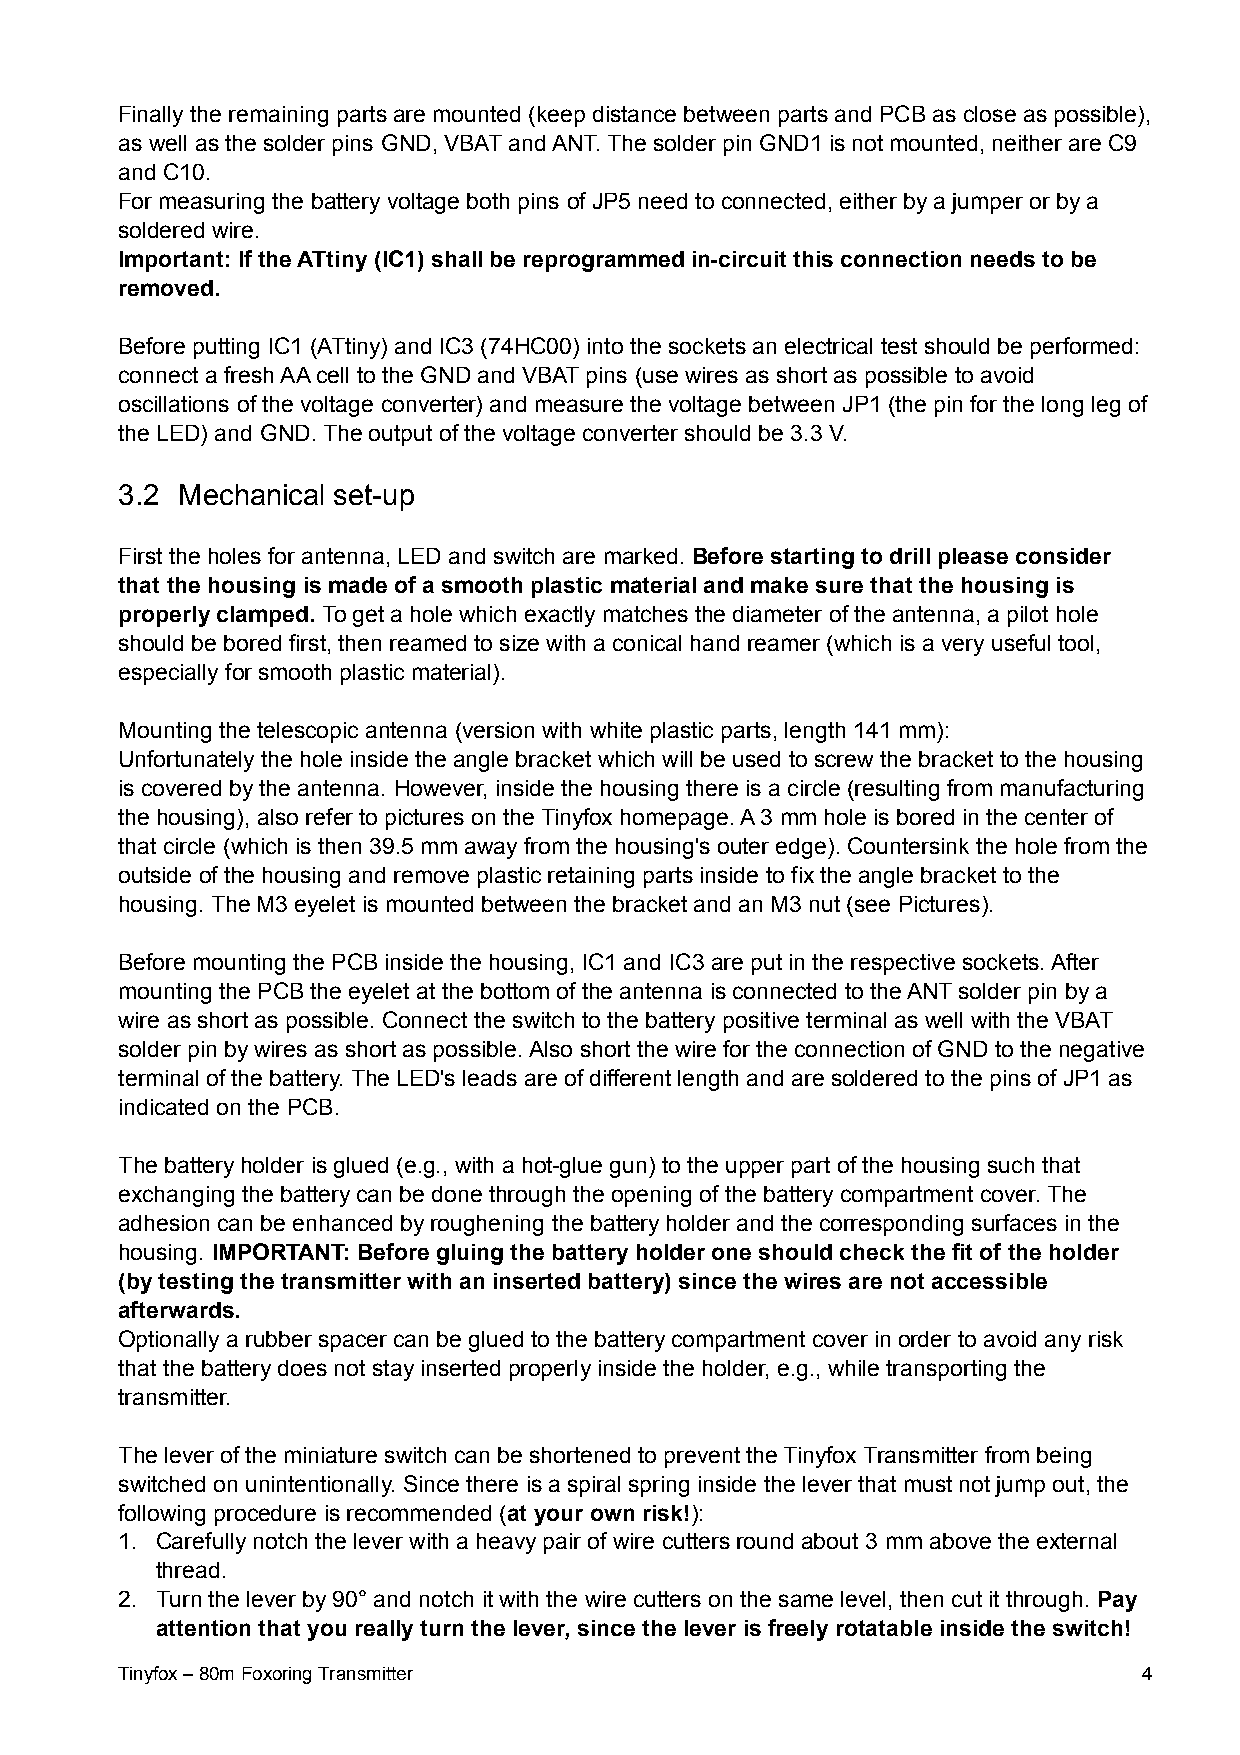
Finally the remaining parts are mounted (keep distance between parts and PCB as close as possible),
 as well as the solder pins GND, VBAT and ANT. The solder pin GND1 is not mounted, neither are C9
 and C10.
 For measuring the battery voltage both pins of JP5 need to connected, either by a jumper or by a
 soldered wire.
 Important: If the ATtiny (IC1) shall be reprogrammed in-circuit this connection needs to be
 removed.
 Before putting IC1 (ATtiny) and IC3 (74HC00) into the sockets an electrical test should be performed:
 connect a fresh AA cell to the GND and VBAT pins (use wires as short as possible to avoid
 oscillations of the voltage converter) and measure the voltage between JP1 (the pin for the long leg of
 the LED) and GND. The output of the voltage converter should be 3.3 V.
 3.2 Mechanical set-up
 First the holes for antenna, LED and switch are marked. Before starting to drill please consider
 that the housing is made of a smooth plastic material and make sure that the housing is
 properly clamped. To get a hole which exactly matches the diameter of the antenna, a pilot hole
 should be bored first, then reamed to size with a conical hand reamer (which is a very useful tool,
 especially for smooth plastic material).
 Mounting the telescopic antenna (version with white plastic parts, length 141 mm):
 Unfortunately the hole inside the angle bracket which will be used to screw the bracket to the housing
 is covered by the antenna. However, inside the housing there is a circle (resulting from manufacturing
 the housing), also refer to pictures on the Tinyfox homepage. A 3 mm hole is bored in the center of
 that circle (which is then 39.5 mm away from the housing's outer edge). Countersink the hole from the
 outside of the housing and remove plastic retaining parts inside to fix the angle bracket to the
 housing. The M3 eyelet is mounted between the bracket and an M3 nut (see Pictures).
 Before mounting the PCB inside the housing, IC1 and IC3 are put in the respective sockets. After
 mounting the PCB the eyelet at the bottom of the antenna is connected to the ANT solder pin by a
 wire as short as possible. Connect the switch to the battery positive terminal as well with the VBAT
 solder pin by wires as short as possible. Also short the wire for the connection of GND to the negative
 terminal of the battery. The LED's leads are of different length and are soldered to the pins of JP1 as
 indicated on the PCB.
 The battery holder is glued (e.g., with a hot-glue gun) to the upper part of the housing such that
 exchanging the battery can be done through the opening of the battery compartment cover. The
 adhesion can be enhanced by roughening the battery holder and the corresponding surfaces in the
 housing. IMPORTANT: Before gluing the battery holder one should check the fit of the holder
 (by testing the transmitter with an inserted battery) since the wires are not accessible
 afterwards.
 Optionally a rubber spacer can be glued to the battery compartment cover in order to avoid any risk
 that the battery does not stay inserted properly inside the holder, e.g., while transporting the
 transmitter.
 The lever of the miniature switch can be shortened to prevent the Tinyfox Transmitter from being
 switched on unintentionally. Since there is a spiral spring inside the lever that must not jump out, the
 following procedure is recommended (at your own risk!):
 1. Carefully notch the lever with a heavy pair of wire cutters round about 3 mm above the external
 thread.
 2. Turn the lever by 90° and notch it with the wire cutters on the same level, then cut it through. Pay
 attention that you really turn the lever, since the lever is freely rotatable inside the switch!
 Tinyfox – 80m Foxoring Transmitter                                  4